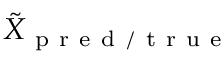
\tilde { { X } } _ { \mathrm { ~ p ~ r ~ e ~ d ~ / ~ t ~ r ~ u ~ e ~ } }